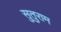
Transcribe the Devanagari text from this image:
सुतुराम